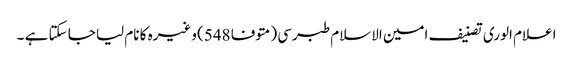
اعلام الوری تصنیف امین الاسلام طبرسی (متوفا 548) وغیرہ کا نام لیا جا سکتا ہے ۔